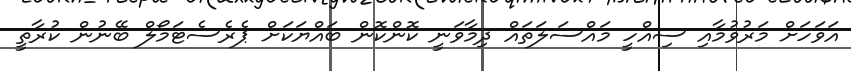
އަވަހަށް މަރުވުމާއި ސިއްހީ މައްސަލަތައް ދިމާވަނީ ކޮންކޮން ބައްޔަކަށް ޕެރެސެޓަމޯލް ބޭނުން ކުރާތީ